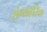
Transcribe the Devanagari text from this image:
संग्यहरिक